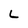
Character: L